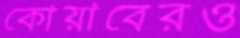
কোয়াবেরও